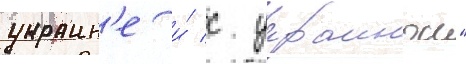
украин'е и́ с украинои"